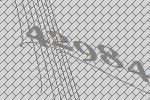
42984